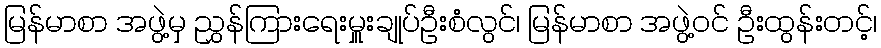
မြန်မာစာ အဖွဲ့မှ ညွှန်ကြားရေးမှူးချုပ်ဦးစံလွင်၊ မြန်မာစာ အဖွဲ့ဝင် ဦးထွန်းတင့်၊